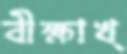
বীক্ষাখ্